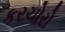
કરચોરો